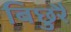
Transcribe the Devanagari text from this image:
बिछुरै